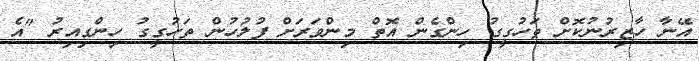
އޭނާ ހާޒިރުނުކޮށް ތަހުގީގު ހިންގެން އޮތް މިންވަރަށް ފުލުހުން ތަހުގީގު ހިންގިއިރު "އެ